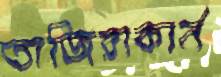
তাজিরাকার্ন